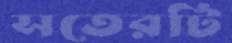
সতেরটি